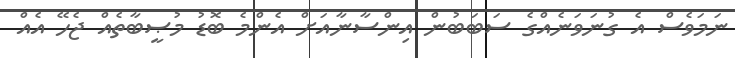
ނަމަވެސް އެ ގުނަވަނެއްގެ ސަބަބުން އިންސާނާއަށް އެންމެ ބޮޑު މުޞީބާތެއް ޖެހޭ އެއް